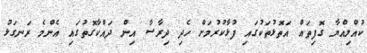
ކުއްލިއްޔާ ގޮފިތައް އަތޮޅުތަކުގައި ފުޅާކުރުމަށް ހެދި ދިރާސާ އިން ދައްކާގޮތުގައި އެންމެ ރަނގަޅު